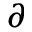
\partial